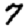
Digit: 7